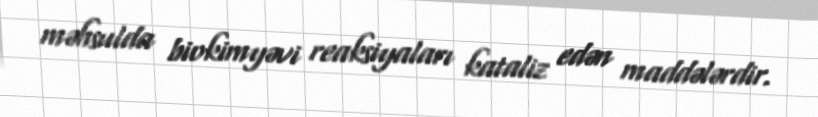
məhsulda biokimyəvi reaksiyaları kataliz edən maddələrdir.